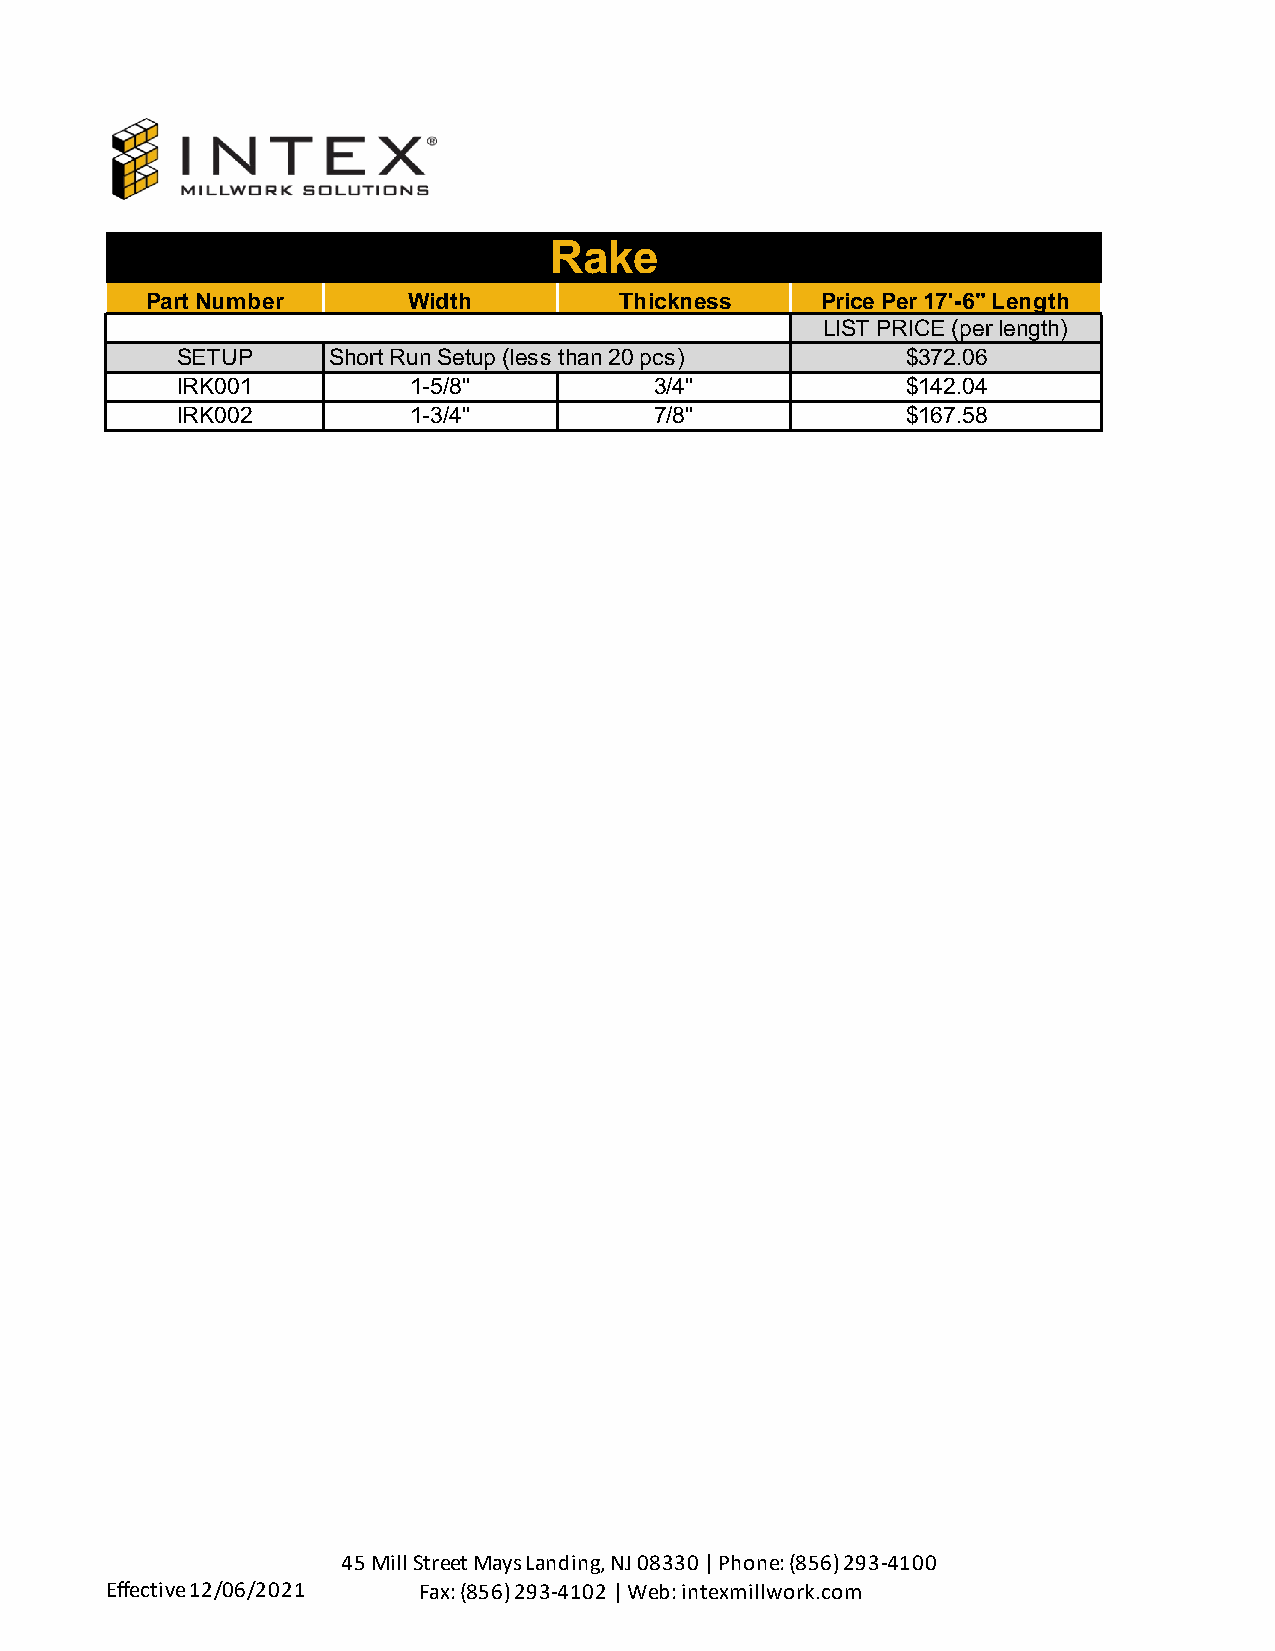
Rake
 Part Number      Width         Thickness    Price Per 17'-6" Length
 LIST PRICE (per length)
 SETUP     Short Run Setup (less than 20 pcs)    $372.06
 IRK001         1-5/8"          3/4"             $142.04
 IRK002         1-3/4"          7/8"             $167.58
 45 Mill Street Mays Landing, NJ 08330 | Phone: (856) 293-4100
 Effective 12/06/2021 Fax: (856) 293-4102 | Web: intexmillwork.com